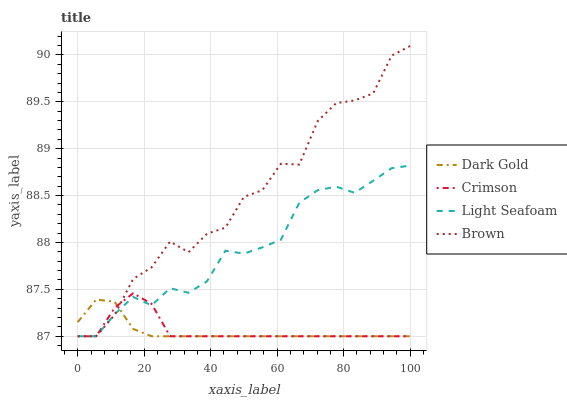
| xaxis_label | Dark Gold | Crimson | Light Seafoam | Brown |
 | --- | --- | --- | --- | --- |
 | 0 | 87.2 | 87 | 87 | 87 |
 | 5.56 | 87.4 | 87 | 87 | 87 |
 | 11.1 | 87.4 | 87.3 | 87.2 | 87.2 |
 | 16.7 | 87.1 | 87.5 | 87.4 | 87.6 |
 | 22.2 | 87 | 87.3 | 87.3 | 87.7 |
 | 27.8 | 87 | 87 | 87.5 | 88 |
 | 33.3 | 87 | 87 | 87.5 | 87.9 |
 | 38.9 | 87 | 87 | 87.6 | 88.1 |
 | 44.4 | 87 | 87 | 87.9 | 88.2 |
 | 50 | 87 | 87 | 87.9 | 88.5 |
 | 55.6 | 87 | 87 | 87.9 | 88.6 |
 | 61.1 | 87 | 87 | 88 | 88.8 |
 | 66.7 | 87 | 87 | 88.4 | 88.8 |
 | 72.2 | 87 | 87 | 88.6 | 89.3 |
 | 77.8 | 87 | 87 | 88.6 | 89.5 |
 | 83.3 | 87 | 87 | 88.5 | 89.5 |
 | 88.9 | 87 | 87 | 88.7 | 89.6 |
 | 94.4 | 87 | 87 | 88.8 | 90 |
 | 100 | 87 | 87 | 88.8 | 90.1 |